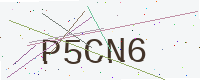
Text: P5CN6